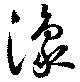
潒